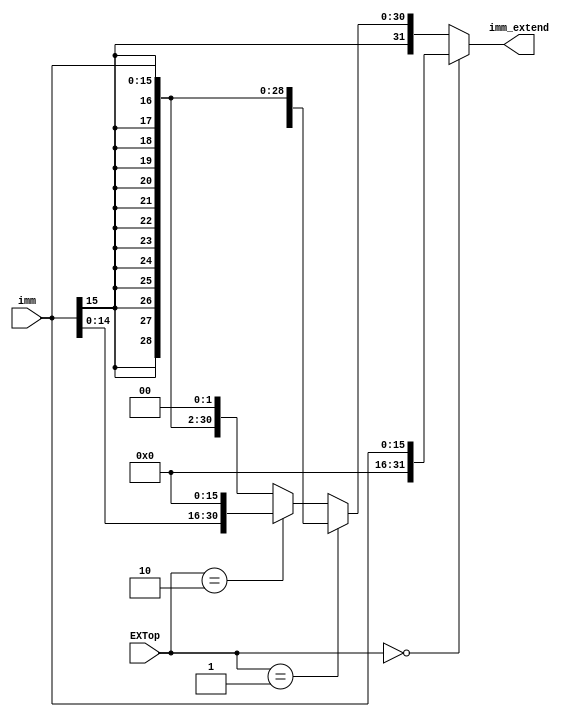
module EXT(imm, EXTop, imm_extend);
    input [1:0]EXTop;
    input [15:0]imm;
    output [31:0]imm_extend;

    assign imm_extend=(EXTop == 2'b00)? {16'h0000,imm[15:0]}:
           (EXTop == 2'b01)? {{16{imm[15]}},imm[15:0]}:
           (EXTop == 2'b10)? {imm[15:0],16'h0000}:{{14{imm[15]}},imm[15:0],2'b00};

endmodule